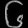
Digit: ၆